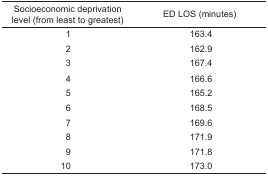
<table><thead><tr><td><b>Socioeconomic deprivation level (from least to greatest)</b></td><td><b>ED LOS (minutes)</b></td></tr></thead><tbody><tr><td>1</td><td>163.4</td></tr><tr><td>2</td><td>162.9</td></tr><tr><td>3</td><td>167.4</td></tr><tr><td>4</td><td>166.6</td></tr><tr><td>5</td><td>165.2</td></tr><tr><td>6</td><td>168.5</td></tr><tr><td>7</td><td>169.6</td></tr><tr><td>8</td><td>171.9</td></tr><tr><td>9</td><td>171.8</td></tr><tr><td>10</td><td>173.0</td></tr></tbody></table>